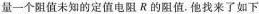
量一个阻值未知的定值电阻R的阻值.他找来了如下